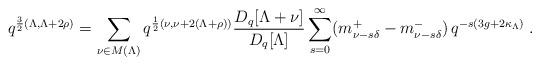
LaTeX: \begin{align*}q^{\frac{3}{2}(\Lambda,\Lambda+2\rho)}=\sum_{\nu\in M(\Lambda)} q^{\frac{1}{2}(\nu,\nu+2(\Lambda+\rho))} \frac{D_q[\Lambda+\nu]}{D_q[\Lambda]} \sum_{s=0}^\infty (m_{\nu-s\delta}^+-m^-_{\nu-s\delta})\, q^{-s(3g+2\kappa_\Lambda)}\;.\end{align*}